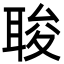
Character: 𮋰